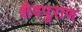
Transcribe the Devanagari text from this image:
शैवपुराण